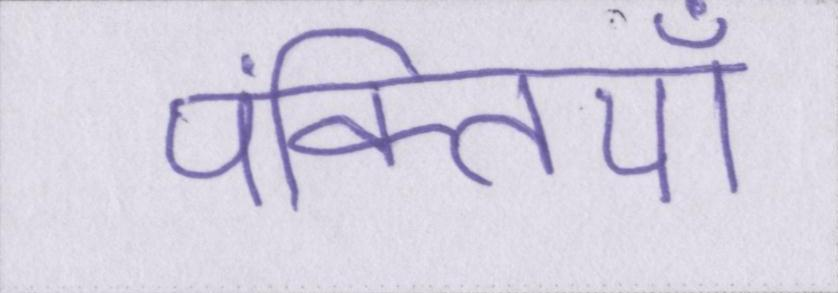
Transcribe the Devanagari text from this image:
पंक्तियाँ